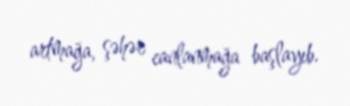
artmağa, şəhər canlanmağa başlayıb.